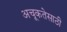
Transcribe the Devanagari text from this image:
अचूकतेसाठी